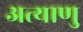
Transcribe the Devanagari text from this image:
अत्याणु